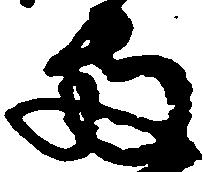
両